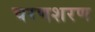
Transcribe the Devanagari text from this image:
चरणशरण